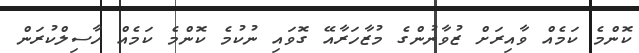
ކޮންމެ ކަމެއް ވާއިރަށް ޒުވާނުންގެ މުޒާހަރާއޭ ގޮވައި ނުކުމެ ކޮންމެ ކަމެއް ހާސިލްކުރަން